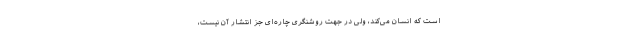
است که انسان می‌کند، ولی در جهت روشنگری چاره‌ای جز انتشار آن نیست،